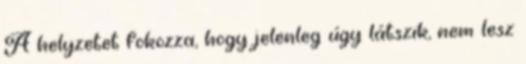
A helyzetet fokozza, hogy jelenleg úgy látszik, nem lesz